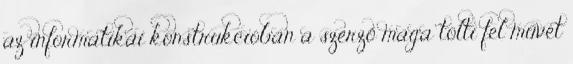
az informatikai konstrukcióban a szerző maga tölti fel művét